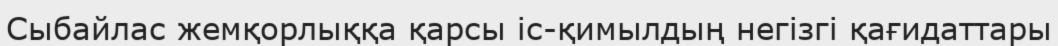
Сыбайлас жемқорлыққа қарсы іс-қимылдың негізгі қағидаттары